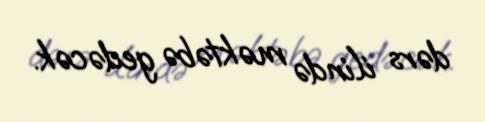
dərs ilində məktəbə gedəcək.